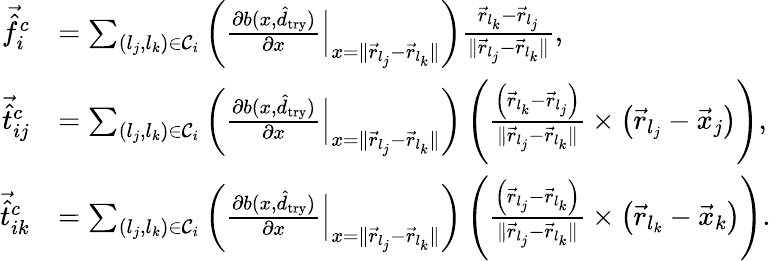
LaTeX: \begin{array}{rl}{\vec{\hat{f}}_{i}^{c}}&{=\sum_{(l_{j},l_{k})\in\mathcal C_{i}}\left(\frac{\partial b(x,\hat{d}_{\mathrm{try}})}{\partial x}\Big|_{x=\| \vec{r}_{l_{j}}-\vec{r}_{l_{k}}\| }\right)\frac{\vec{r}_{l_{k}}-\vec{r}_{l_{j}}}{\| \vec{r}_{l_{j}}-\vec{r}_{l_{k}}\| },}\\ {\vec{\hat{t}}_{ij}^{c}}&{=\sum_{(l_{j},l_{k})\in\mathcal C_{i}}\left(\frac{\partial b(x,\hat{d}_{\mathrm{try}})}{\partial x}\Big|_{x=\| \vec{r}_{l_{j}}-\vec{r}_{l_{k}}\| }\right)\left(\frac{\left(\vec{r}_{l_{k}}-\vec{r}_{l_{j}}\right)}{\| \vec{r}_{l_{j}}-\vec{r}_{l_{k}}\| }\times\left(\vec{r}_{l_{j}}-\vec{x}_{j}\right)\right),}\\ {\vec{\hat{t}}_{ik}^{c}}&{=\sum_{(l_{j},l_{k})\in\mathcal C_{i}}\left(\frac{\partial b(x,\hat{d}_{\mathrm{try}})}{\partial x}\Big|_{x=\| \vec{r}_{l_{j}}-\vec{r}_{l_{k}}\| }\right)\left(\frac{\left(\vec{r}_{l_{j}}-\vec{r}_{l_{k}}\right)}{\| \vec{r}_{l_{j}}-\vec{r}_{l_{k}}\| }\times\left(\vec{r}_{l_{k}}-\vec{x}_{k}\right)\right).}\end{array}